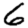
Digit: 6